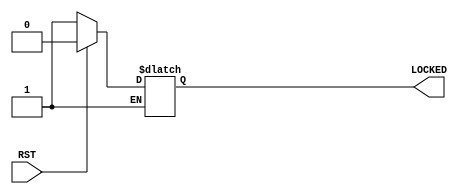
// $Header: /devl/xcs/repo/env/Databases/CAEInterfaces/verunilibs/s/DCIRESET.v,v 1.3.4.5 2004/08/27 00:26:31 wloo Exp $

`timescale 1 ps / 1 ps 

module DCIRESET (LOCKED, RST);

    output LOCKED;
    input  RST;

    reg    LOCKED;

    always @(RST) begin

	if (RST)
	    LOCKED <= 1'b0;
	else if (!RST)
	    LOCKED <= #100000 1'b1;

    end
    
endmodule